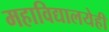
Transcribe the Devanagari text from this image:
महाविद्यालयेही